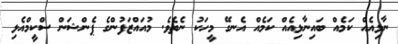
ނާޅިއެއް ކަމެއް ބައިނާޅިއެއް ކަމެއް އެނގޭ މީހަކު ނެތެވެ. މުއައްޒަފުންގެ ޕެންޝަން ސްކީމްއެޅި